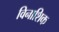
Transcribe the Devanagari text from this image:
विनाशिक